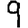
Digit: 9